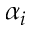
\alpha _ { i }